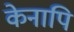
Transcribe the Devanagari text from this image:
केनापि